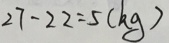
2 7 - 2 2 = 5 ( k g )